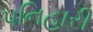
પનિહારી